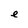
Character: e